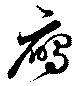
鴈